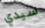
سيدي